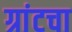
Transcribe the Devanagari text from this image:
ग्रांटचा